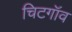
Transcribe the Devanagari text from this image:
चिटगॉव